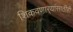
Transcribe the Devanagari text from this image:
शिकवणार्‍यांसाठीही